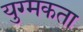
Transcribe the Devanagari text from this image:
युग्मकता